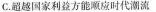
C.超越国家利益方能顺应时代潮流